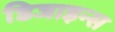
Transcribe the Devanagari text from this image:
डिजाइन्स